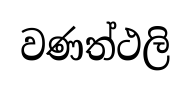
වණත්ථලි